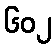
၆၀၂